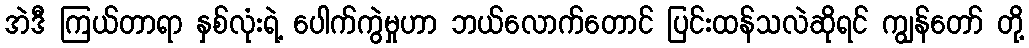
အဲဒီ ကြယ်တာရာ နှစ်လုံးရဲ့ ပေါက်ကွဲမှုဟာ ဘယ်လောက်တောင် ပြင်းထန်သလဲဆိုရင် ကျွန်တော် တို့